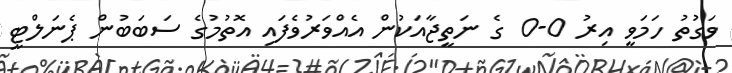
ވަގުތު ހަމަވީ އިރު 0-0 ގެ ނަތީޖާއަކުން އެއްވަރުވެފައި އޮތުމުގެ ސަބަބުން ޕެނަލްޓީ